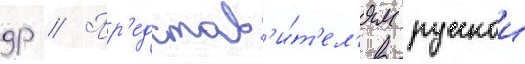
др // Пр'едстав'и́т'ел'ям русскои